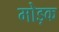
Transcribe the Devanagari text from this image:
मोड़क